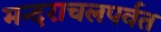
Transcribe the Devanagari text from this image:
मन्दराचलपर्वत